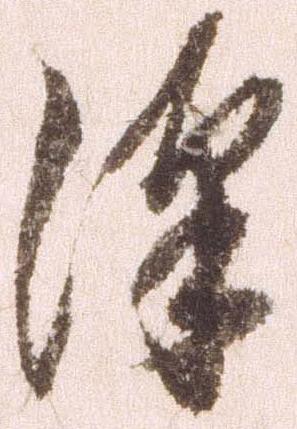
沢